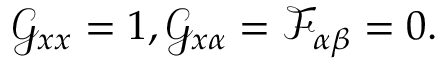
\mathcal { G } _ { x x } = 1 , \mathcal { G } _ { x \alpha } = \mathcal { F } _ { \alpha \beta } = 0 .